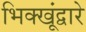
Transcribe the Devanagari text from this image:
भिक्खूंद्वारे